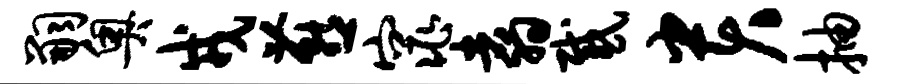
嗣奥戎燕窕翥感贵抽